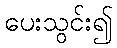
ပေးသွင်း၍